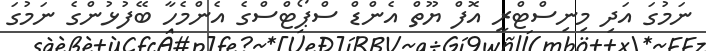
ނަމުގަ އަދި މިނިސްޓްރީ އޮފް ޔޫތް އެންޑް ސްޕޯޓްސްގެ އެންމެހާ ބޭފުޅުންގެ ނަމުގަ